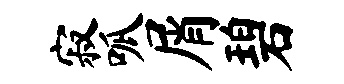
寂呱屑碧